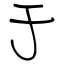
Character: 于